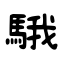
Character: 騀